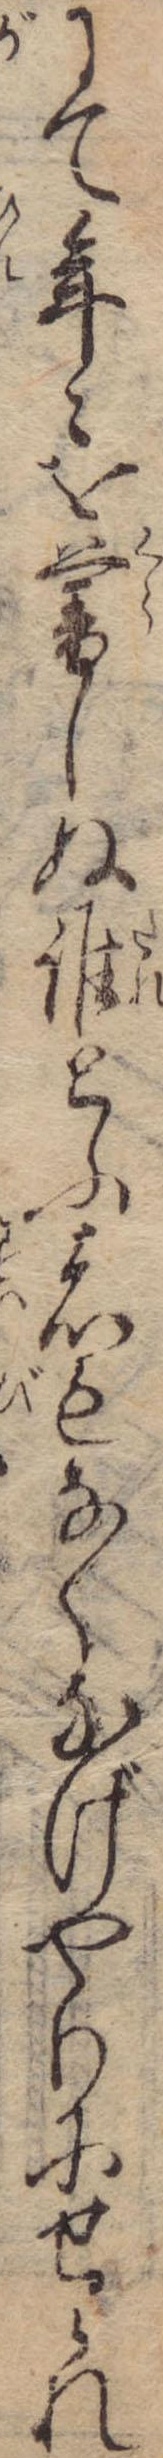
にて年々を暮しぬ誰とふ者もなくなげやりにせられ